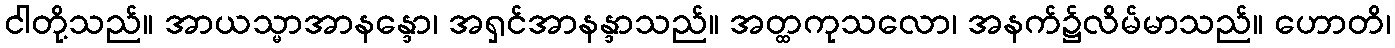
ငါတို့သည်။ အာယသ္မာအာနန္ဒော၊ အရှင်အာနန္ဒာသည်။ အတ္ထကုသလော၊ အနက်၌လိမ်မာသည်။ ဟောတိ၊